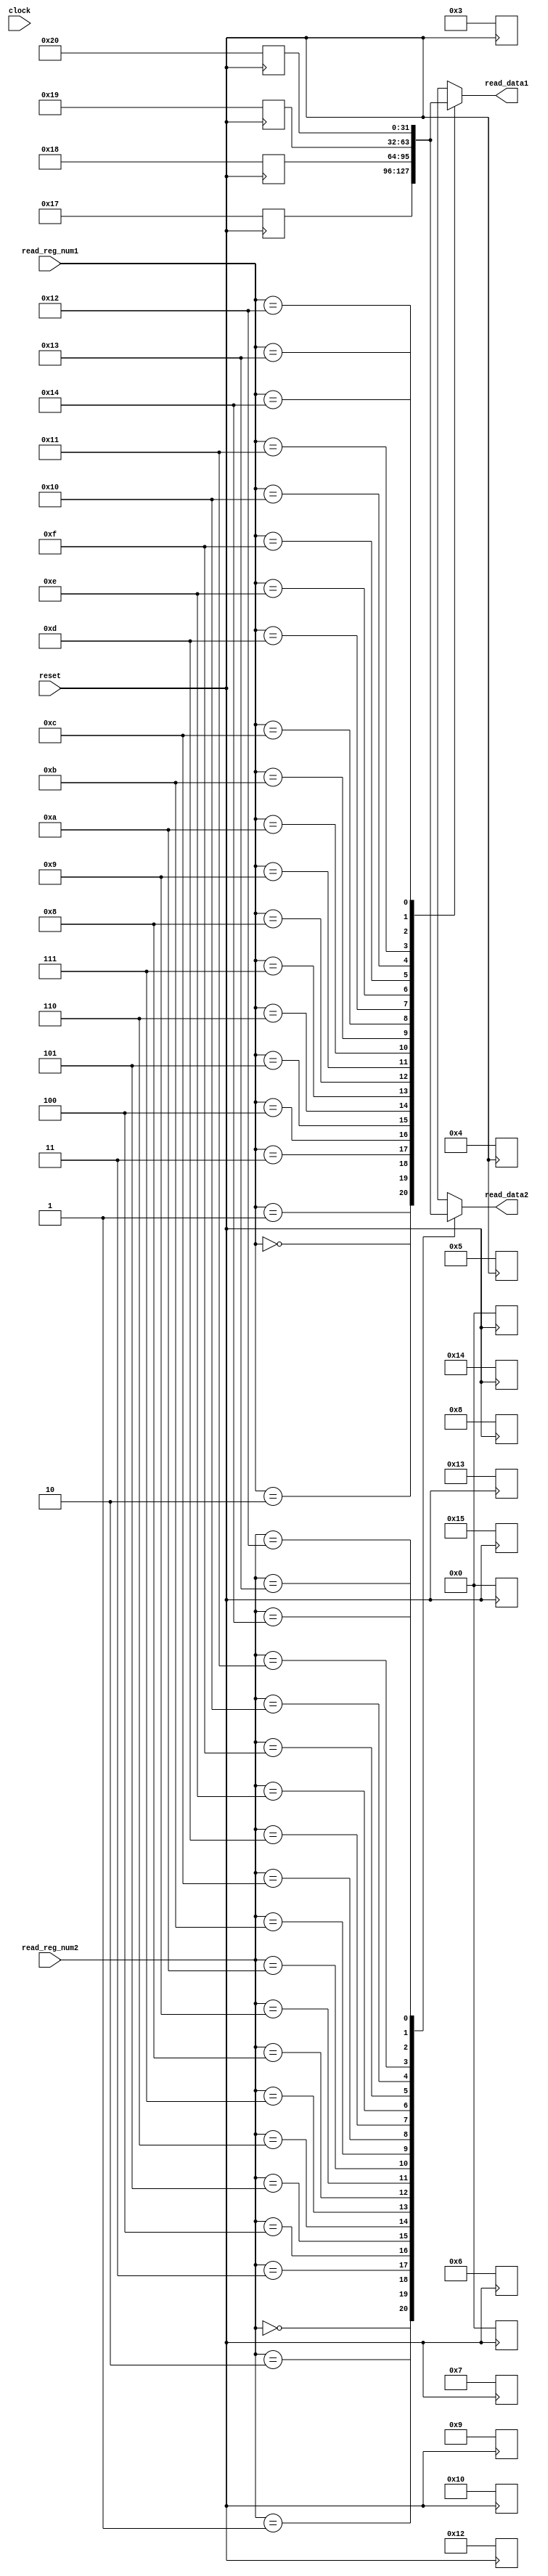
module REG_MEM(
    input [4:0] read_reg_num1,
    input [4:0] read_reg_num2,
    output [31:0] read_data1,
    output [31:0] read_data2,
    input clock,
    input reset
);

    reg [31:0] reg_imemory [20:0]; // 32 memory locations each 32 bits wide

    //  When reset is triggered, we initialize the registers with some values
    always @(posedge reset)
    begin
        // Bear with me for now, I tried using loops, but it won't work
        // Just duct-taping this for now
         reg_imemory[0] = 32'h0;
         reg_imemory[1] = 32'h0;
         reg_imemory[2] = 32'h0;
         reg_imemory[3] = 32'h3;
         reg_imemory[4] = 32'h4;
         reg_imemory[5] = 32'h5;
         reg_imemory[6] = 32'h6;
         reg_imemory[7] = 32'h7;
         reg_imemory[8] = 32'h8;
         reg_imemory[9] = 32'h9;
         reg_imemory[10] = 32'h10;
         reg_imemory[12] = 32'h12;
         reg_imemory[13] = 32'h13;
         reg_imemory[14] = 32'h14;
         reg_imemory[15] = 32'h15;
         reg_imemory[17] = 32'h17;
         reg_imemory[18] = 32'h18;
         reg_imemory[19] = 32'h19;
         reg_imemory[20] = 32'h20;
         
    end

    // The register file will always output the vaules corresponding to read register numbers 
    // It is independent of any other signal
    assign read_data1 = reg_imemory[read_reg_num1];
    assign read_data2 = reg_imemory[read_reg_num2];


endmodule